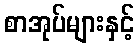
စာအုပ်များနှင့်